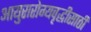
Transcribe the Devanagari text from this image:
आयुरारोग्यवृद्धीसाठी